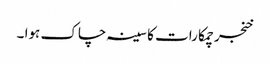
خنجر چمکا رات کا سینہ چاک ہوا ۔